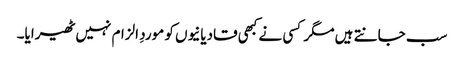
سب جانتے ہیں مگر کسی نے کبھی قادیانیوں کو موردِ الزام نہیں ٹھیرایا۔